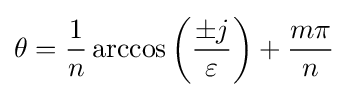
\theta ={\frac {1}{n}}\arccos \left({\frac {\pm j}{\varepsilon }}\right)+{\frac {m\pi }{n}}